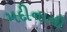
મદીનાની